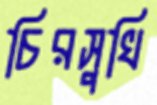
চিরসুখি